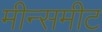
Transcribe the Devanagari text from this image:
मीन्समीट